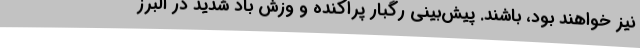
نیز خواهند بود، باشند. پیش‌بینی رگبار پراکنده و وزش باد شدید در البرز